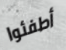
أطفئوا